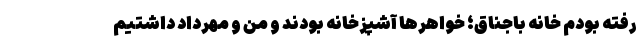
رفته بودم خانه باجناق؛ خواهرها آشپزخانه بودند و من و مهرداد داشتیم